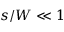
s / W \ll 1